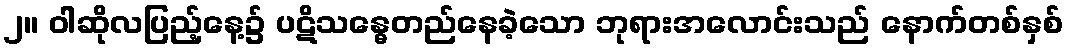
၂။ ဝါဆိုလပြည့်နေ့၌ ပဋိသန္ဓေတည်နေခဲ့သော ဘုရားအလောင်းသည် နောက်တစ်နှစ်